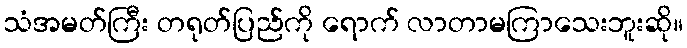
သံအမတ်ကြီး တရုတ်ပြည်ကို ရောက် လာတာမကြာသေးဘူးဆို။